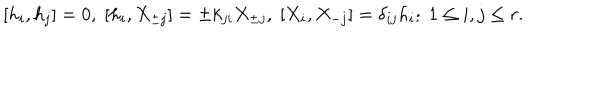
LaTeX: { } [ h _ { i } , h _ { j } ] = 0 , \; [ h _ { i } , X _ { \pm j } ] = \pm k _ { j i } X _ { \pm j } , \; [ X _ { i } , X _ { - j } ] = \delta _ { i j } h _ { i } ; \; 1 \leq i , j \leq r .